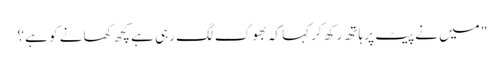
" میں نے پیٹ پر ہاتھ رکھ کر کہا کہ بھوک لگ رہی ہے کچھ کھانے کو ہے ؟